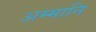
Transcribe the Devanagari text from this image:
अम्मानि